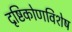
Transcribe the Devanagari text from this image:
दृष्टिकोणविशेष